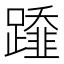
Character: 𨆂